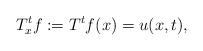
LaTeX: \begin{align*} T_x^tf:=T^tf(x)=u(x,t),\end{align*}